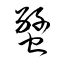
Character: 燹